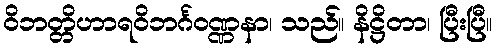
ဝိဘတ္တိဟာရဝိဘင်္ဂဝဏ္ဏနာ၊ သည်။ နိဋ္ဌိတာ၊ ပြီးပြီ။